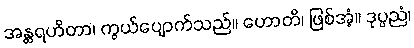
အန္တရဟိတာ၊ ကွယ်ပျောက်သည်။ ဟောတိ၊ ဖြစ်အံ့။ ဒုပ္ပညံ၊